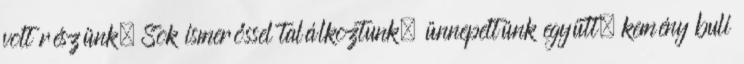
volt részünk. Sok ismerőssel találkoztunk, ünnepeltünk együtt, kemény buli